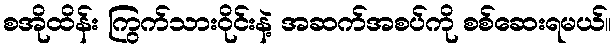
စအိုထိန်း ကြွက်သားဝိုင်းနဲ့ အဆက်အစပ်ကို စစ်ဆေးရမယ်။